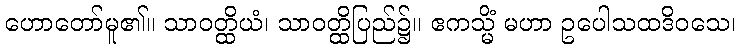
ဟောတော်မူ၏။ သာဝတ္ထိယံ၊ သာဝတ္ထိပြည်၌။ ဧကသ္မိံ မဟာ ဥပေါသထဒိဝသေ၊